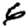
Digit: 6